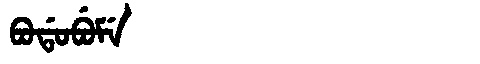
Manchu: ᠪᠣᡩᠣᠪᡠᠮᡝ
Romanization: BODOBUME